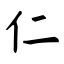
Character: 仁